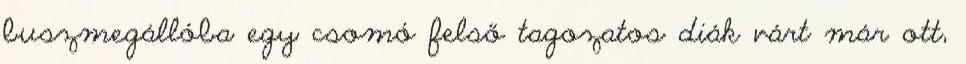
buszmegállóba egy csomó felső tagozatos diák várt már ott,